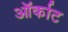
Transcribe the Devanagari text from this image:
ऑर्काट